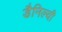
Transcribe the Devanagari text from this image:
डैनिल्यी